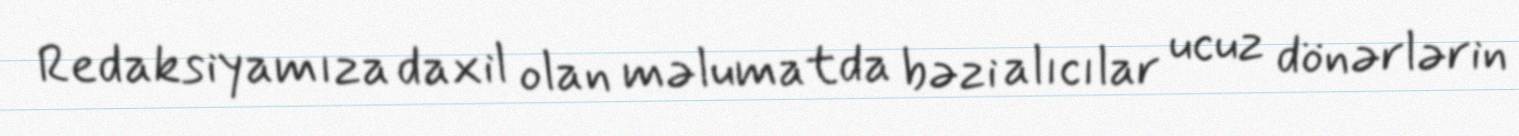
Redaksiyamıza daxil olan məlumatda bəzi alıcılar ucuz dönərlərin